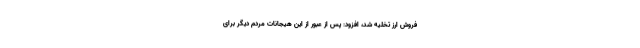
فروش ارز تخلیه شد، افزود: پس از عبور از این هیجانات مردم دیگر برای